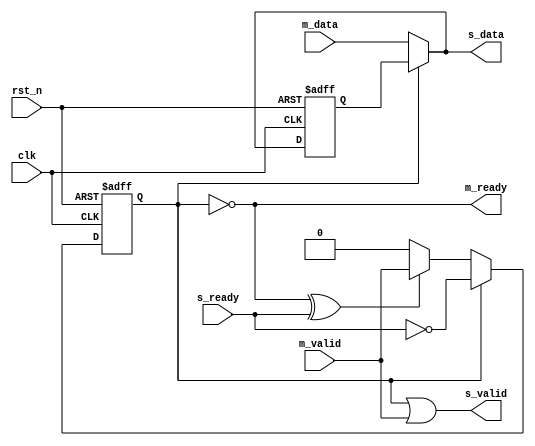
//----------------------------------------------------------------------------------------
// File name:           Backward_Registered 
// Last modified Date:  2021/12/11 12:29
// Last Version:        V1.0
// Descriptions:        
//                      
//----------------------------------------------------------------------------------------
// Created date:        2021/12/11 12:29
// Version:             V1.0
// Descriptions:        The original version
//
//----------------------------------------------------------------------------------------
module Backward_Registered #( parameter WIDTH = 8)(
	input clk,
	input rst_n,
	input m_valid,
	input [WIDTH-1:0] m_data,
	output m_ready,
	output s_valid,
	output [WIDTH-1:0] s_data,
	input s_ready
	);

	wire s_ready_dge;
	reg valid_skid;
	reg [WIDTH-1:0] data_skid;

	always @(posedge clk or negedge rst_n) begin
	  	if (!rst_n)
	  	  	valid_skid <= 1'b0;          
	  	else if (valid_skid)
	  	 	valid_skid <= ~s_ready;          
	  	else if (~valid_skid^s_ready)
	  	  	valid_skid <= m_valid;    //buffer_skid
	end                           
	  
	
	always @(posedge clk or negedge rst_n) begin
	  	if (!rst_n)
	  	  	data_skid <= {WIDTH{1'b0}};           
	  	else
	  	  	data_skid <= valid_skid ? data_skid: m_data;      
	end 
	
	
	assign  s_valid = valid_skid | m_valid;        
	assign  s_data = valid_skid ? data_skid : m_data;    
	assign  m_ready = ~valid_skid ;    

endmodule